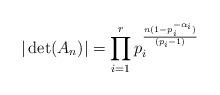
LaTeX: \begin{align*}|\det(A_n)| &= \prod_{i=1}^r p_i^{\frac {n(1-p_i^{-\alpha_i})} {(p_i-1)}}\end{align*}